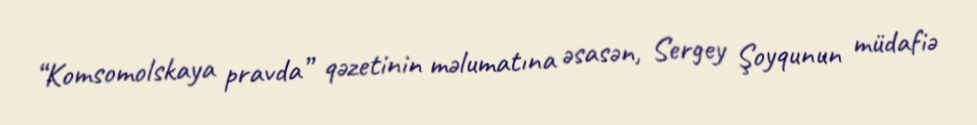
“Komsomolskaya pravda” qəzetinin məlumatına əsasən, Sergey Şoyqunun müdafiə